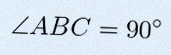
\angle ABC=90^\circ